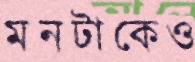
মনটাকেও